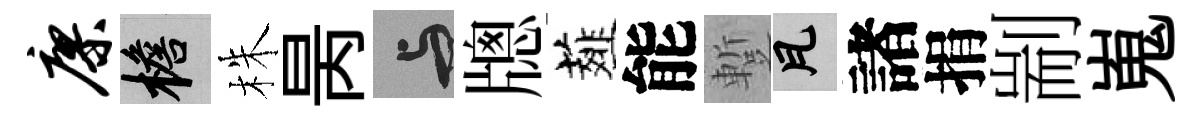
廖檐株昺与牕薤能蹔瓦諸捐剬嵬